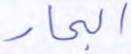
البحار